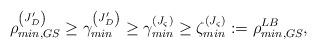
LaTeX: \begin{align*}\rho_{min,GS}^{\left(J'_{D}\right)}\overset{}{\geq}\gamma_{min}^{\left(J'_{D}\right)}\overset{}{\geq}\gamma_{min}^{\left(J_{\varsigma}\right)}\overset{}{\geq}\zeta_{min}^{\left(J_{\varsigma}\right)}:=\rho_{min,GS}^{LB},\end{align*}